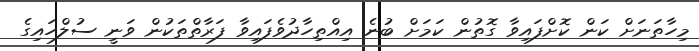
މިހާތަނަށް ކަން ކޮށްފައިވާ ގޮތުން ކަމަށް ބުނެ އިއްތިހާދުވެފައިވާ ފަރާތްތަކުން ވަނީ ސުލްހައިގެ